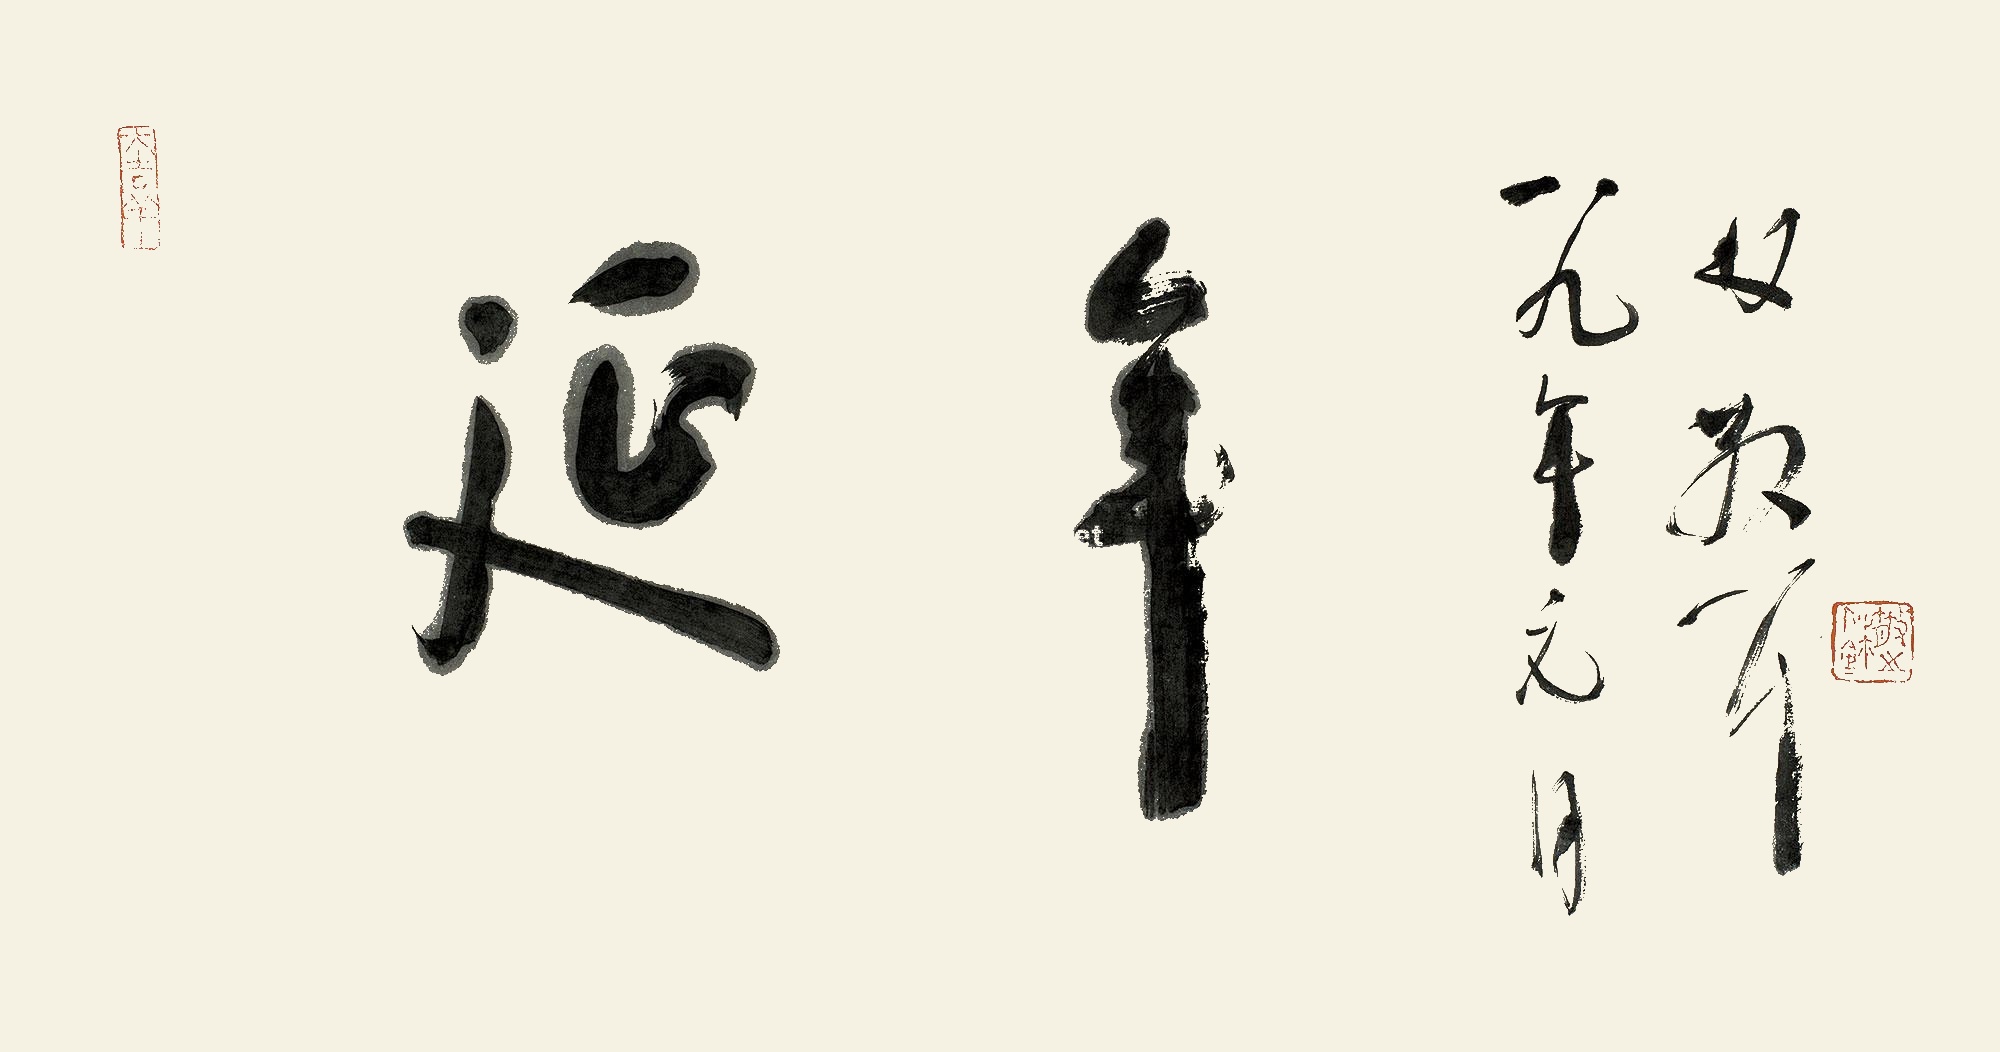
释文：延年。林散耳，八九年元月。